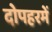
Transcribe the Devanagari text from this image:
दोपहरमें